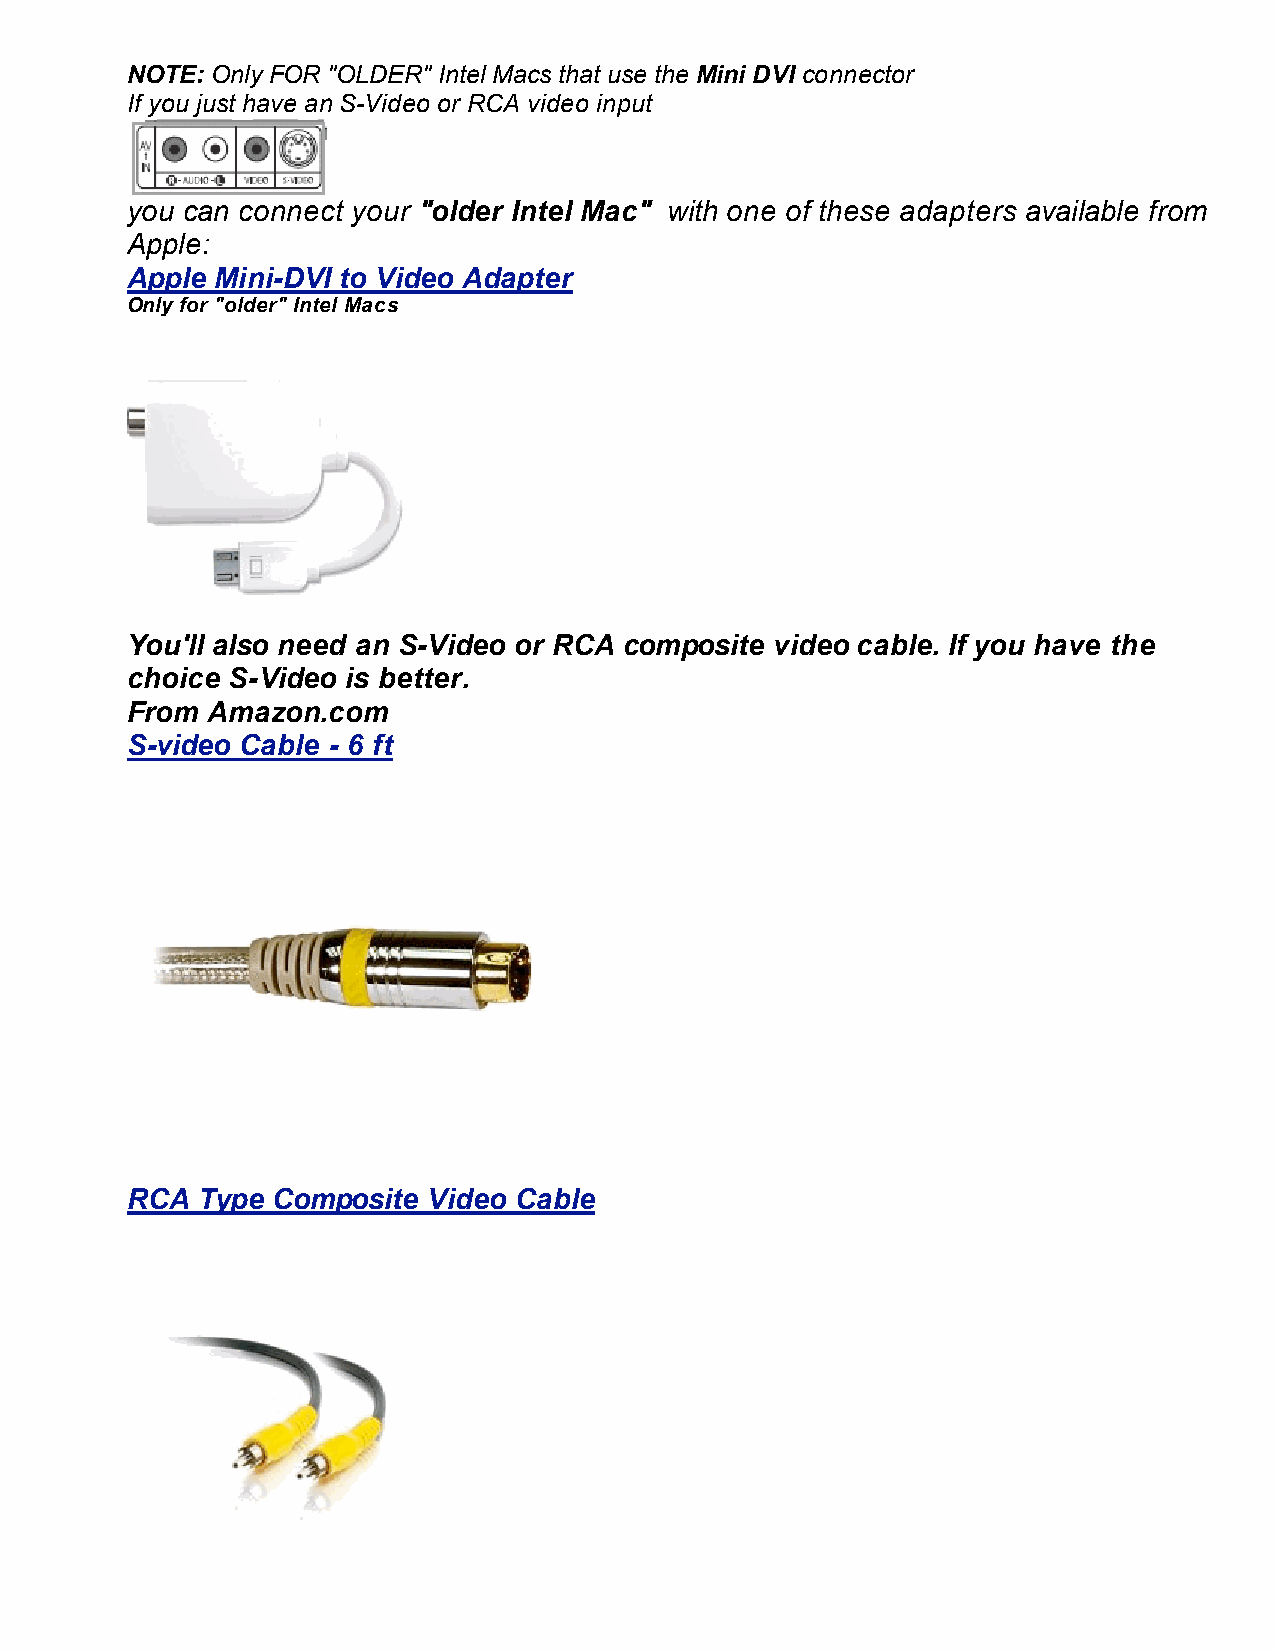
NOTE: Only FOR "OLDER" Intel Macs that use the Mini DVI connector
 If you just have an S-Video or RCA video input
 you can connect your "older Intel Mac" with one of these adapters available from
 Apple:
 Apple Mini-DVI to Video Adapter
 Only for "older" Intel Macs
 You'll also need an S-Video or RCA composite video cable. If you have the
 choice S-Video is better.
 From  Amazon.com
 S-video Cable - 6 ft
 RCA  Type Composite Video Cable